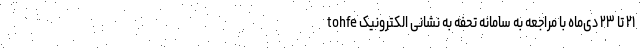
۲۱ تا ۲۳ دی‌ماه با مراجعه به سامانه تحفه به نشانی الکترونیک tohfe